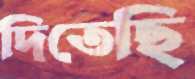
দিতেছি